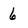
Character: 6